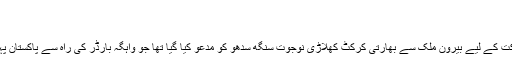
[12]
مہمان[ترمیم]
اس تقریب حلف برداری میں شرکت کے لیے بیرون ملک سے بھارتی کرکٹ کھلاڑی نوجوت سنگھ سدھو کو مدعو کیا گیا تھا جو واہگہ بارڈر کی راہ سے پاکستان پہنچے اور تقریب میں شرکت کی۔